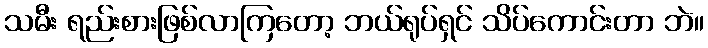
သမီး ရည်းစားဖြစ်လာကြတော့ ဘယ်ရုပ်ရှင် သိပ်ကောင်းတာ ဘဲ။